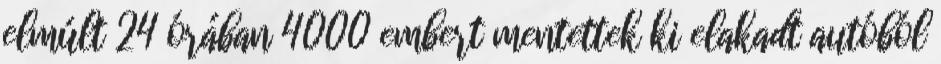
elmúlt 24 órában 4000 embert mentettek ki elakadt autóból